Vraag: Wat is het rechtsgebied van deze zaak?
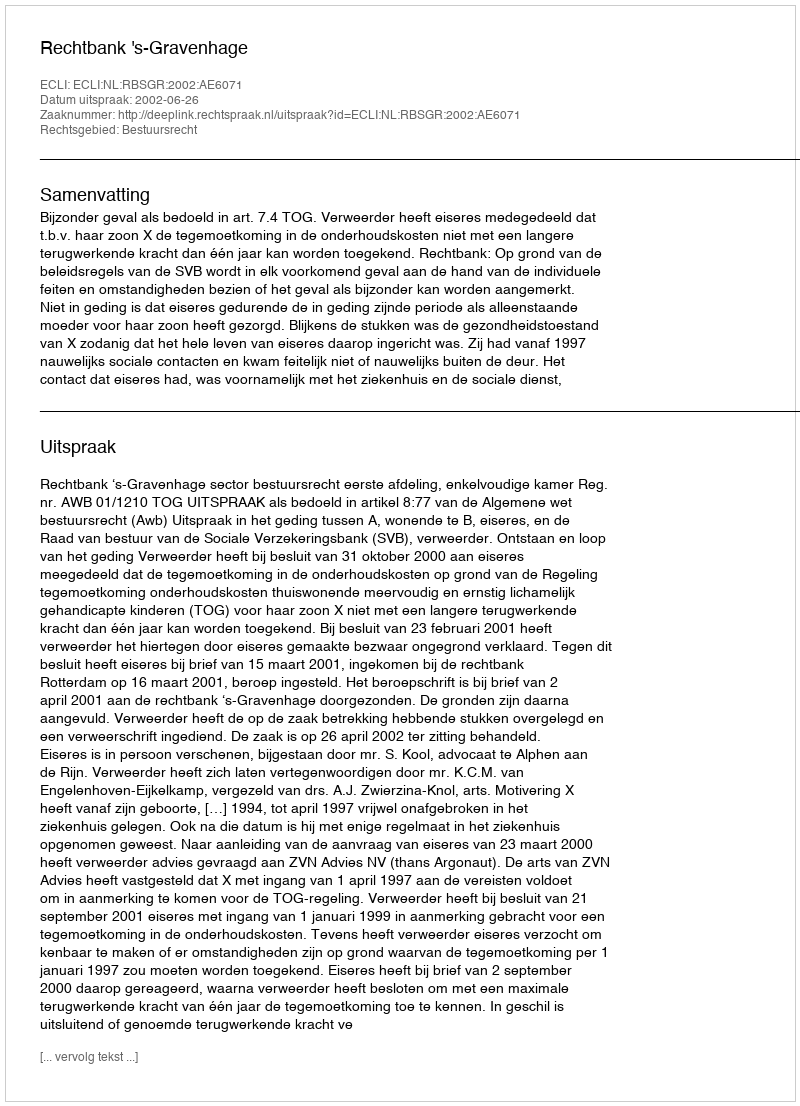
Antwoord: Bestuursrecht